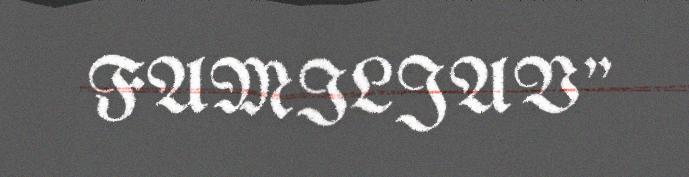
FAMILJAV"